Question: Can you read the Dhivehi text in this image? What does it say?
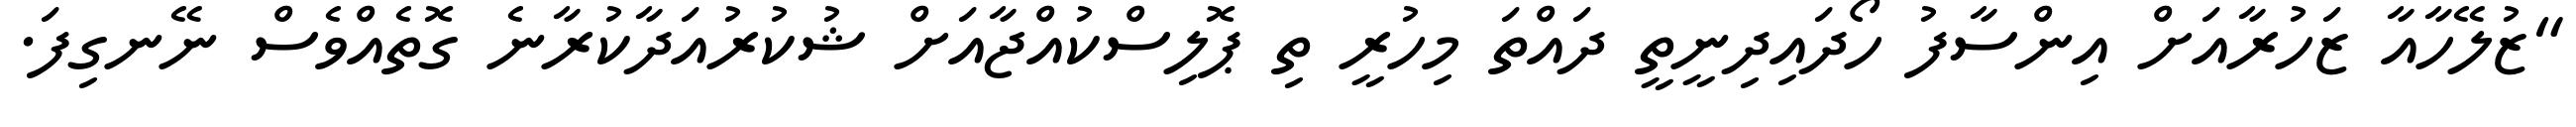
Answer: "ޒުލޭހާއާ ޒަހުރާއަށް އިންސާފު ހޯދައިދިނީތީ ދައްތަ މިހުރީ ތި ޕޮލިސްކުއްޖާއަށް ޝުކުރުއަދާކުރާނެ ގޮތެއްވެސް ނޭނގިފަ.